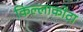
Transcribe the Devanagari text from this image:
किल्लाकोटा